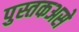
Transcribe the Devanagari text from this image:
पुस्तकअसे